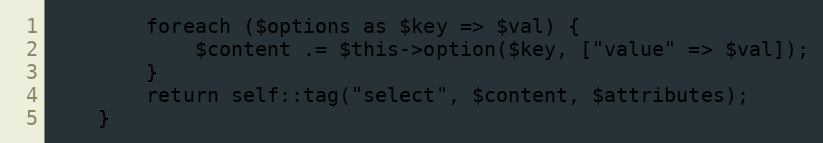
Language: PHP
        foreach ($options as $key => $val) {
            $content .= $this->option($key, ["value" => $val]);
        }
        return self::tag("select", $content, $attributes);
    }